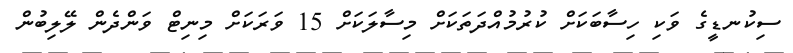
ސިކުނޑީގެ ވަކި ހިސާބަކަށް ކުރުމުއްދަތަކަށް މިސާލަކަށް 15 ވަރަކަށް މިނިޓް ވަންދެން ލޭލިބުން